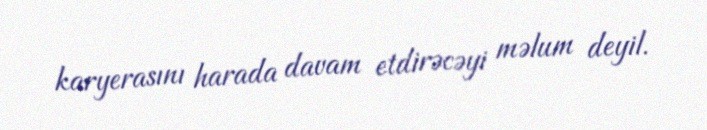
karyerasını harada davam etdirəcəyi məlum deyil.